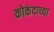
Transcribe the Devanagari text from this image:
कोकंदाच्या